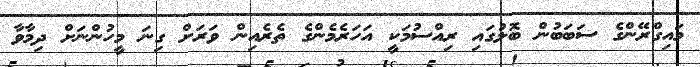
މައިގްރޭންގެ ސަބަބުން ބޮލުގައި ރިއްސުމަކީ އަހަރެމެންގެ ތެރެއިން ވަރަށް ގިނަ މީހުންނަށް ދިމާވާ